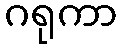
ဂရုကာ